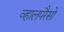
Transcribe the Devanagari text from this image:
व्हालपरैसो